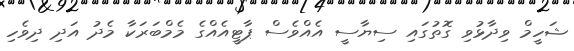
ޝަހީމް ވިދާޅުވި ގޮތުގައި ސިޔާސީ އެއްވެސް ޕާޓީއެއްގެ މެމްބަަރަކާ މެދު އަދި ދިވެހި